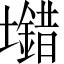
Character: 𡓠